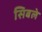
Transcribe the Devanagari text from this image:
सिबले